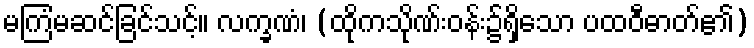
မကြံမဆင်ခြင်သင့်။ လက္ခဏံ၊ (ထိုကသိုဏ်းဝန်း၌ရှိသော ပထဝီဓာတ်၏)